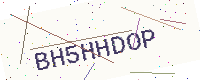
Text: BH5HHDOP